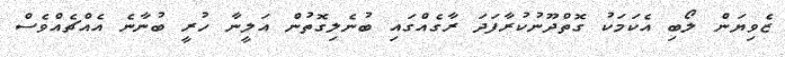
ޒެވިޔަން ލޯބި އެކަމަކު ގޮތްދޫނުކުރާފަދަ ރާގެއްގައި ބުނެލިގޮތުން އަލީނާ ހުރީ ބުނާނެ އެއްޗެއްވެސް